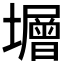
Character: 𡒸